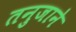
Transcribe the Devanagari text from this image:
तनुजाने